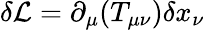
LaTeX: \delta\mathcal{L}=\partial_{\mu}(T_{\mu\nu})\delta x_{\nu}